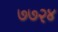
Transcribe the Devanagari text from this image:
७७२४